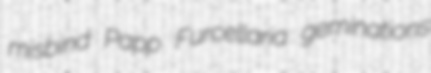
misbind Papp Furcellaria geminations